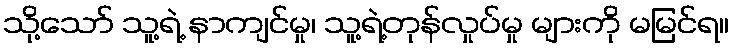
သို့သော် သူ့ရဲ့ နာကျင်မှု၊ သူ့ရဲ့တုန်လှုပ်မှု များကို မမြင်ရ။